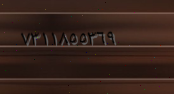
٧٣١١٨٥٥٣٦٩